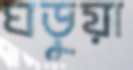
ঘড়ুয়া